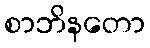
စာဘိနတော